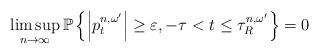
LaTeX: \begin{align*}\limsup_{n\to \infty} \mathbb{P}\left\lbrace \left\lvert p^{n,\omega^\prime}_t\right\rvert\ge \varepsilon, -\tau<t\le \tau^{n,\omega^\prime}_R\right\rbrace = 0\end{align*}